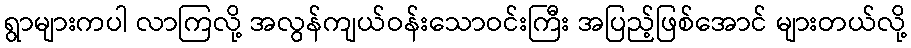
ရွာများကပါ လာကြလို့ အလွန်ကျယ်ဝန်းသောဝင်းကြီး အပြည့်ဖြစ်အောင် များတယ်လို့